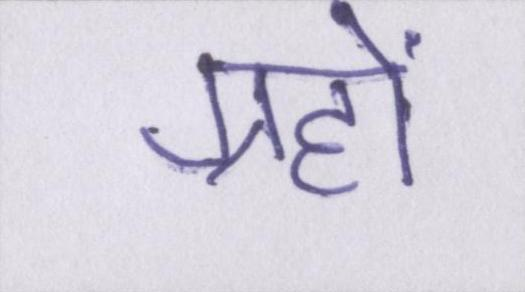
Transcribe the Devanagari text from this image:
ग्रहों